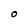
Character: O